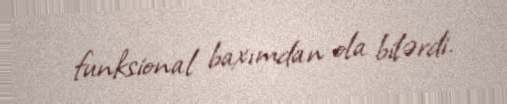
funksional baxımdan ola bilərdi.